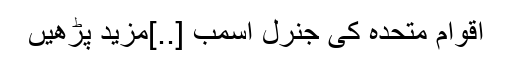
اقوام متحدہ کی جنرل اسمب [..]مزید پڑھیں